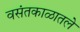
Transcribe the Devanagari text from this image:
वसंतकाळातले